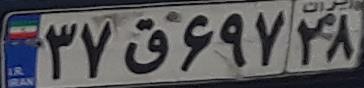
۳۷ق۶۹۷۲۸